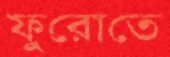
ফুরোতে